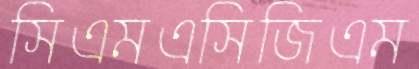
সিএমএসিজিএম